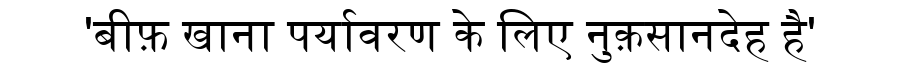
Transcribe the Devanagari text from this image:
'बीफ़ खाना पर्यावरण के लिए नुक़सानदेह है'